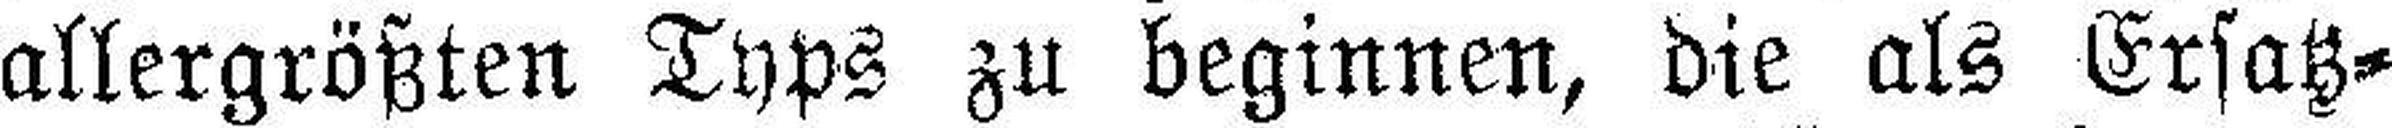
allergrößten Typs zu beginnen, die als Ersatz¬